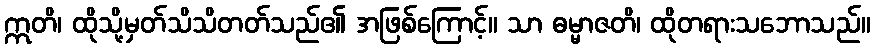
ဣတိ၊ ထိုသို့မှတ်သိသိတတ်သည်၏ အဖြစ်ကြောင့်။ သာ ဓမ္မာဇတိ၊ ထိုတရားသဘောသည်။